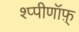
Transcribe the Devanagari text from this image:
श्प्पीणॉफ़्